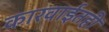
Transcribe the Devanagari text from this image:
कारवाईतही